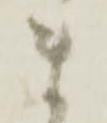
ま